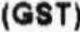
(GST)